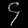
Digit: ၄